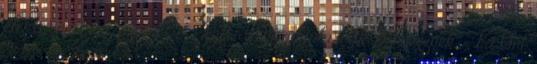
elektromos jel, amelyet "QT-idő megnyúlásnak " neveznek. - ha Önt